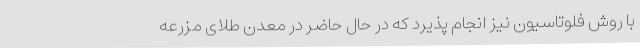
با روش فلوتاسیون نیز انجام پذیرد که در حال حاضر در معدن طلای مزرعه